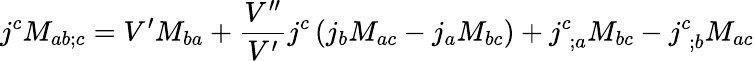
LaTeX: j^{c}M_{ab;c}=V^{\prime}M_{ba}+\frac{V^{\prime\prime}}{V^{\prime}}j^{c}\left(j_{b}M_{ac}-j_{a}M_{bc}\right)+j_{\; ;a}^{c}M_{bc}-j_{\; ;b}^{c}M_{ac}